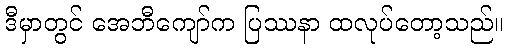
ဒီမှာတွင် အေဘီကျော်က ပြဿနာ ထလုပ်တော့သည်။